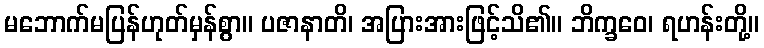
မဘောက်မပြန်ဟုတ်မှန်စွာ။ ပဇာနာတိ၊ အပြားအားဖြင့်သိ၏။ ဘိက္ခဝေ၊ ရဟန်းတို့။